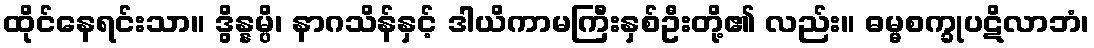
ထိုင်နေရင်းသာ။ ဒွိန္နမ္ပိ၊ နာဂသိန်နှင့် ဒါယိကာမကြီးနှစ်ဦးတို့၏ လည်း။ ဓမ္မစက္ခုပဋိလာဘံ၊